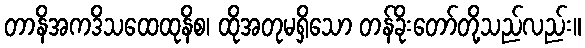
တာနိအကဒိသထေထုနိစ၊ ထိုအတုမရှိသော တန်ခိုးတော်တို့သည်လည်း။